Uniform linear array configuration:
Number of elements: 32
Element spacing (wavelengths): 0.5
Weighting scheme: binomial
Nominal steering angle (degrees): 30
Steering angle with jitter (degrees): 30.888
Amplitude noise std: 0.05
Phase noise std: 0.05

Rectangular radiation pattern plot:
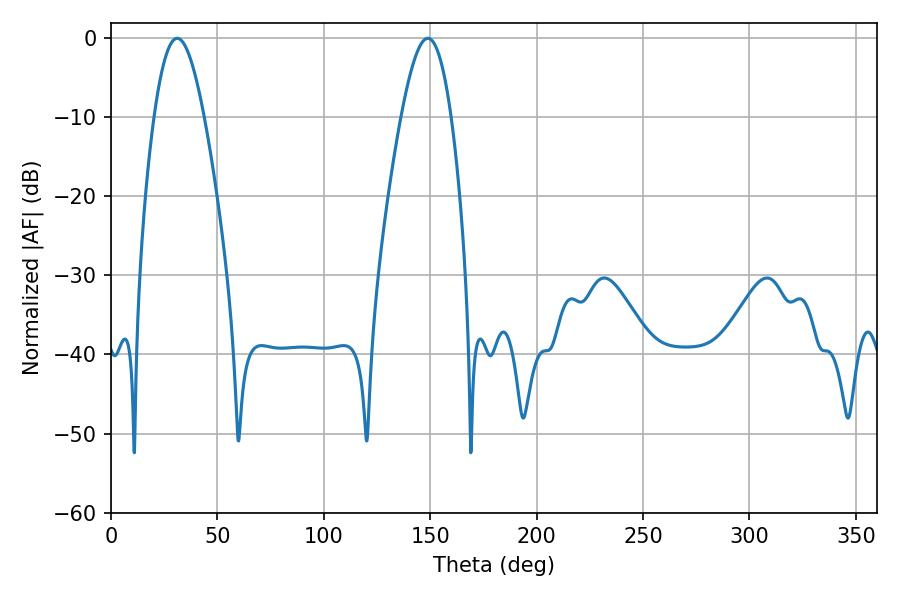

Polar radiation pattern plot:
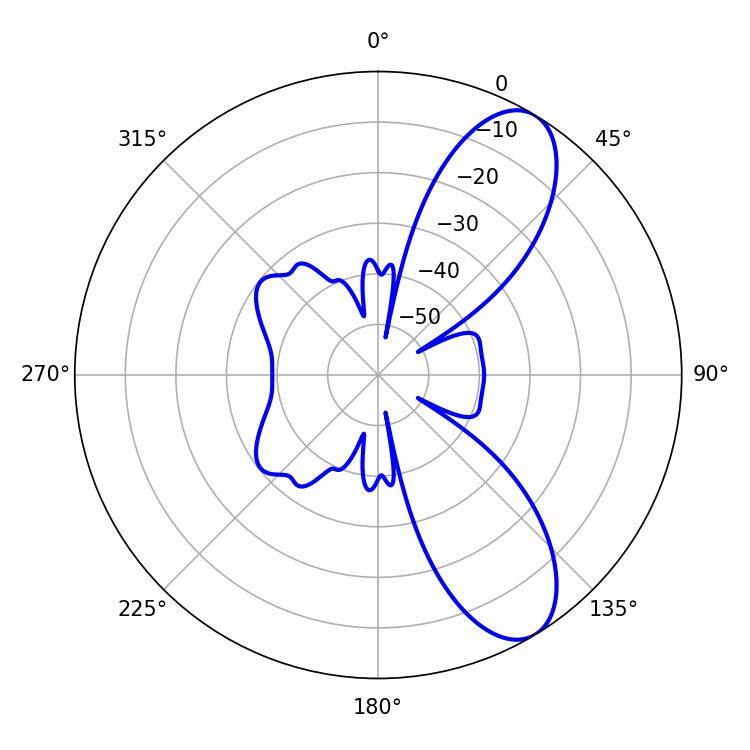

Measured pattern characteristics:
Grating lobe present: FALSE
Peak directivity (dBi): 9.025
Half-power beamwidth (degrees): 12.78
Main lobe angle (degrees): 31.14